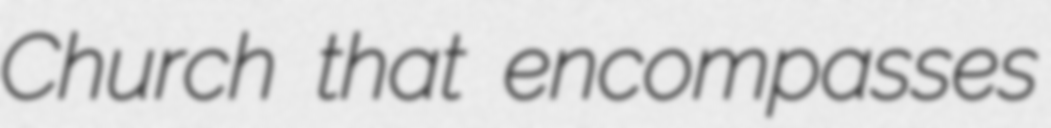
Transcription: Church that encompasses